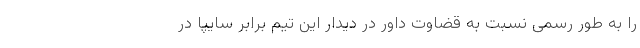
را به طور رسمی نسبت به قضاوت داور در دیدار این تیم برابر سایپا در